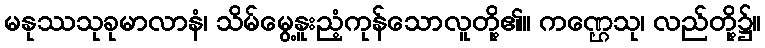
မနုဿသုခုမာလာနံ၊ သိမ်မွေ့နူးညံ့ကုန်သောလူတို့၏။ ကဏ္ဌေသု၊ လည်တို့၌။